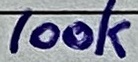
Text: 100k